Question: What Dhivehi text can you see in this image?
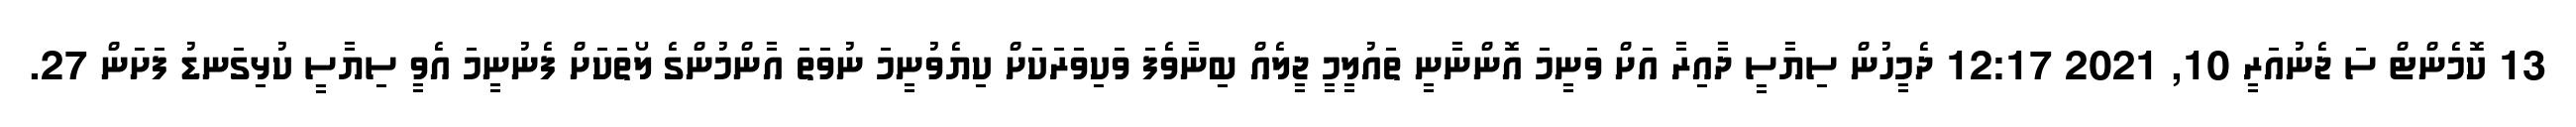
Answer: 13 ކޮމެންޓް ސަ ޖެނުއަރީ 10, 2021 12:17 ދެމީހުން ސިޔާސީ ދާއިރާ އަށް ވަނީމަ އޮންނާނީ ތައުލީމީ ޖީލެއް ބިިނާވެފަ ވަކިވަރަކަށް ކިޔެވުނީމަ ނުވަތަ އާންމުންގެ ލޯތަކަށް ފެނުނީމަ އެވީ ސިޔާސީ ކުޅިގަނޑު ފަށަން 27.